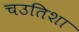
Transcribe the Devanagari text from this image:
चउतिशा